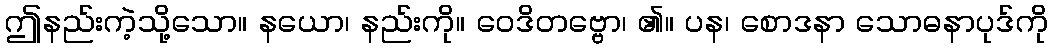
ဤနည်းကဲ့သို့သော။ နယော၊ နည်းကို။ ဝေဒိတဗ္ဗော၊ ၏။ ပန၊ စောဒနာ သောဓနာပုဒ်ကို